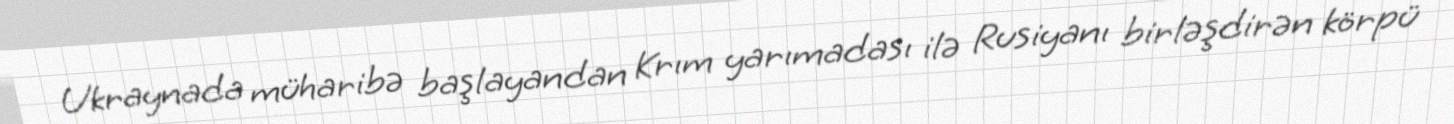
Ukraynada müharibə başlayandan Krım yarımadası ilə Rusiyanı birləşdirən körpü